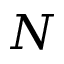
N